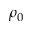
\rho _ { 0 }